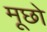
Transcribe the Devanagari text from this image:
मूछो